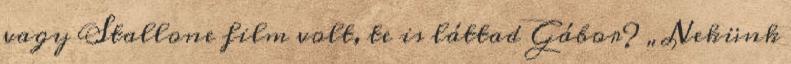
vagy Stallone film volt, te is láttad Gábor? „Nekünk